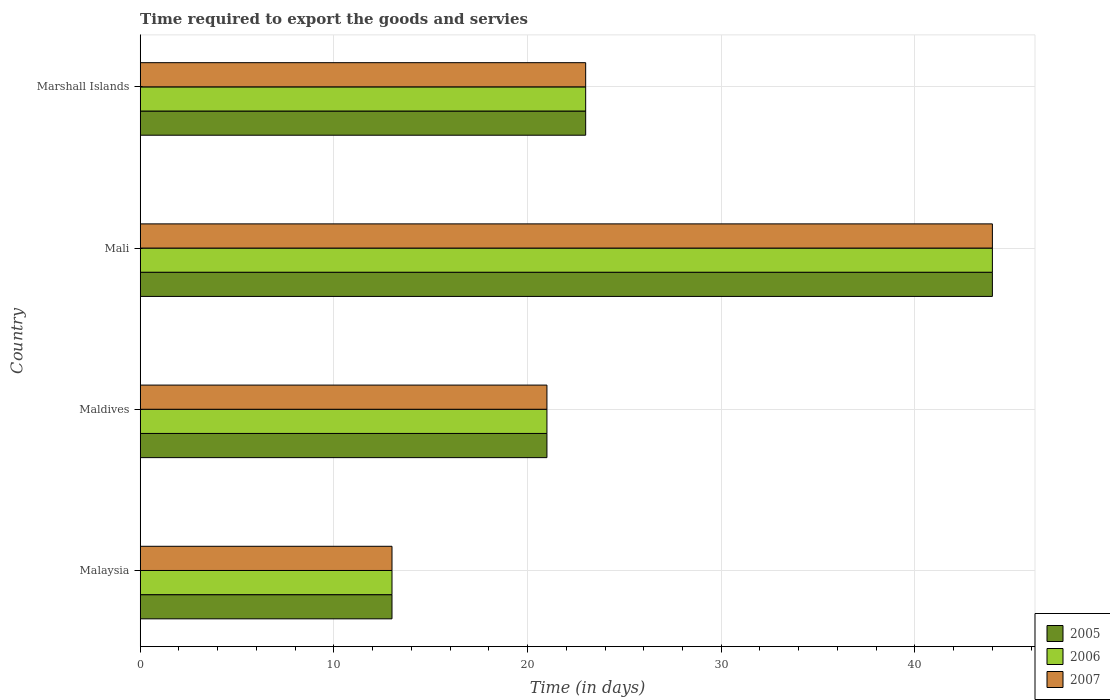
| Country | 2005 | 2006 | 2007 |
 | --- | --- | --- | --- |
 | Malaysia | 13 | 13 | 13 |
 | Maldives | 21 | 21 | 21 |
 | Mali | 44 | 44 | 44 |
 | Marshall Islands | 23 | 23 | 23 |